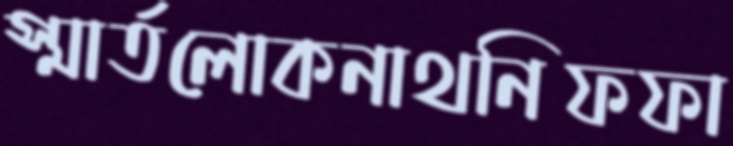
স্মার্তলোকনাথনিফফা